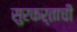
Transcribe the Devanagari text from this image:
सुरकर्ताची